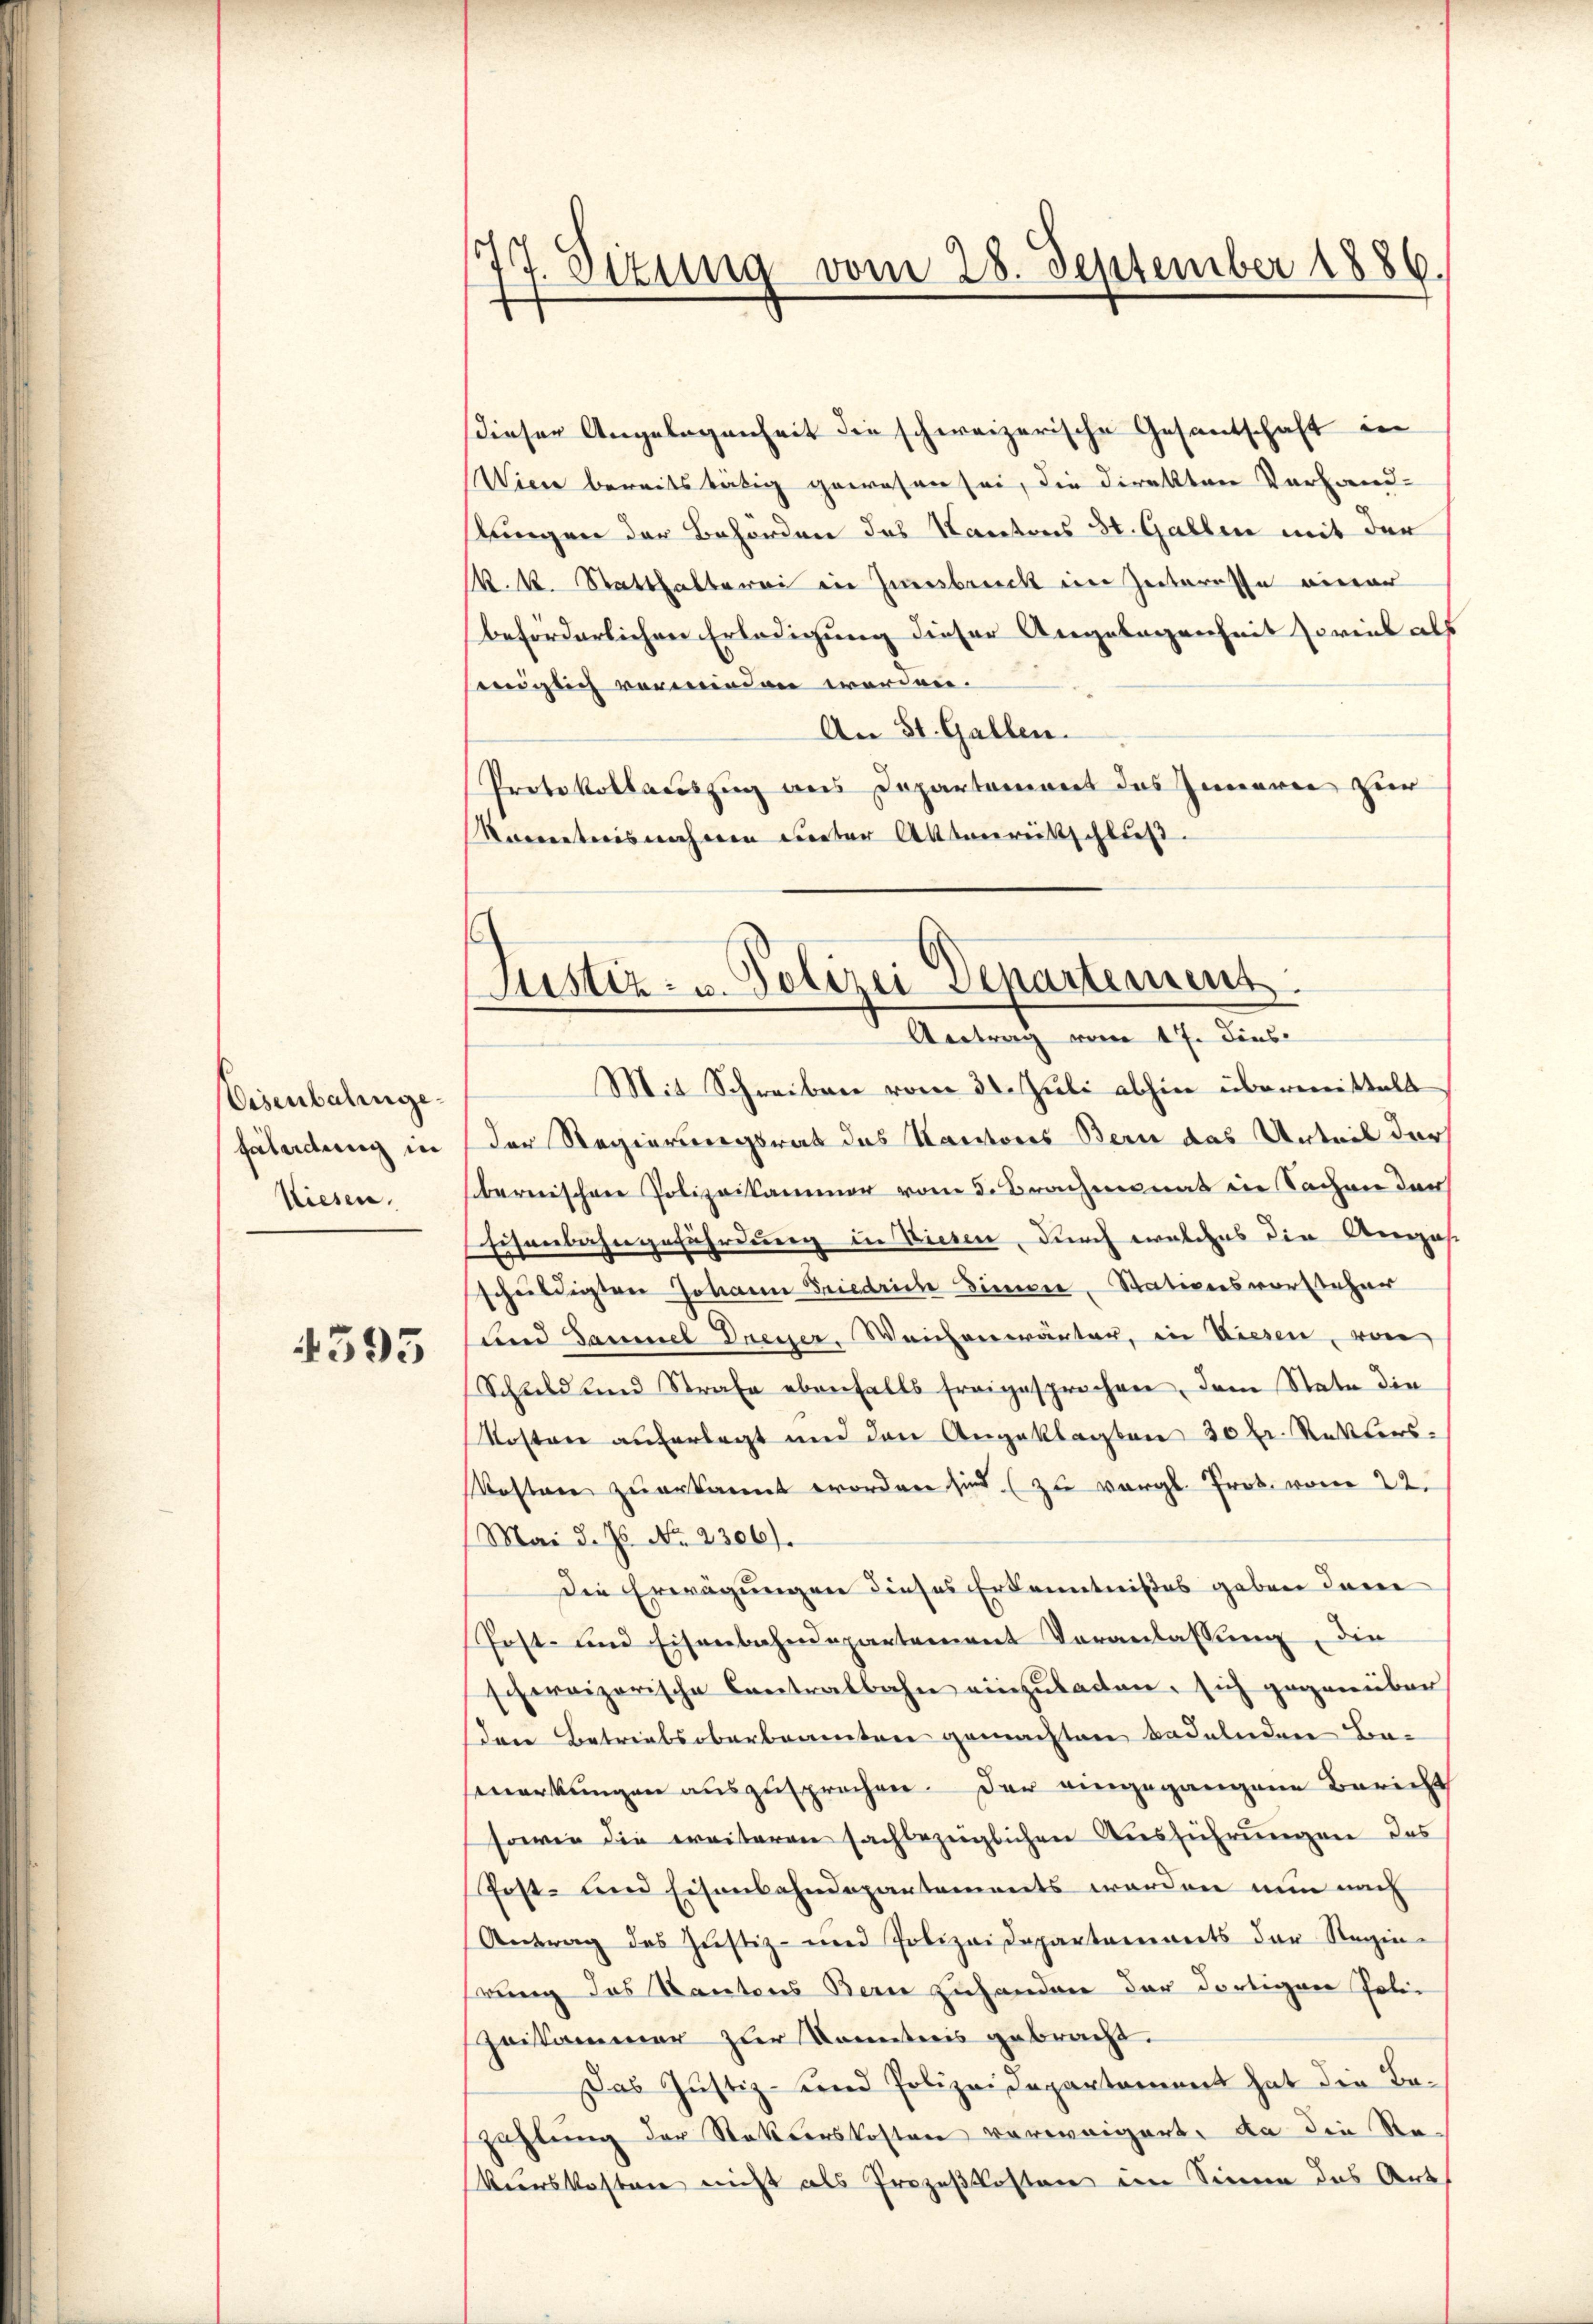
Eisenbalingefaladung in
Wiesen.

4595

1
7. Sizung vom 28. September 1886.

Justiz- u. Polizei Departement.
Antrag vom 17. dies
Mit Schreiben vom 30. Juli abhin übermittelt

dieser Angelegenheit die schweizerische Gesantschaft in
Wien bereitstätig gewesen sei, die Direkten Vorhand-
stungen der Behörden des Kantons St. Gallen mit der
M. k. Statthalterei in Zinsbruck im Zeiteresse einer
beförderlichen Erledigung dieser Angelegenheit soviel als
niglich vermeinden werden.
An St. Gallen.
Protokollauszug aus Departement des Inneren zur
Vorventaris näheren unter Aktenreitschluß.
Der Regierungsrat des Kantons Bern das Unteil der
bernischen Polizeisammer vom 3. Brachmonat in Sachen der
Eisenbahngefährdung in Diesen, durch welches die Augus
schuldigten Johann Friedriche Simon, Stationsvorsteher
und Baumel Dreyer, Weichenwärter, in Diesen, von
Schuld und Strafe ebenfalls freigesprochen, dem State die
Kosten auferlegt und den Angeklagten 30 kr. Retters-
Kosten zu erkannt worden sind (zu vergl. Prok. vom 22.
Mai d. Js. No. 2306).
Die Erwägungen dieses Erkenntnißes geben dare
Post- und Eisenbahndepartement Veranlassung, die
schweizerische Centralbahn einzulasten, sich gegenüber
den Betriebsoberbeamten gemachten Badelnden Bamerkungen auszusprochen. Der eingegangene Bericht
sowie die weiteren sachbezüglichen Ausführungen des
Post- und Eisenbahndepartements werden nun nach
Antrag des Justiz- und Polizeidepartements der Regin-
rung des Kantons Bern Zuhanden der dortigen Poli¬
Zeisammer zur Kometris gebracht.
Das Justiz- und Polizeidepartament hat die Bezahlung der Statterskosten verweigert, da die Re-
Vinskosten nicht als Prozeßkosten im Sinne des Art.